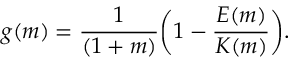
\begin{array} { c c c } { \displaystyle { g ( m ) = \frac { 1 } { ( 1 + m ) } \bigg ( 1 - \frac { E ( m ) } { K ( m ) } \bigg ) . } } \end{array}